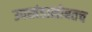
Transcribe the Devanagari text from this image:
उपखंडासोबतच